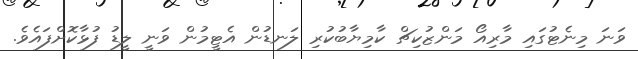
ވަނަ މިނެޓުގައި މާރިއޯ މަންޒުކިޗް ކާމިޔާބުކުރި ލަނޑުން އެޓީމުން ވަނީ ލީޑު ފުޅާކޮށްފައެވެ.